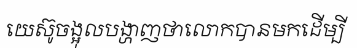
យេស៊ូចង្អុលបង្ហាញថាលោកបានមកដើម្បី